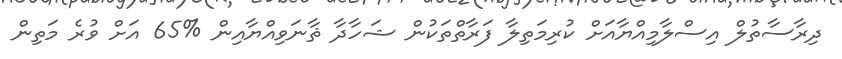
ދިރާސާތުލް އިސްލާމިއްޔާއަށް ކުރިމަތިލާ ފަރާތްތަކުން ޝަހާދާ ޘާނަވިއްޔާއިން %65 އަށް ވުރެ މަތިން